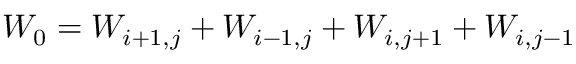
W _ { 0 } = W _ { i + 1 , j } + W _ { i - 1 , j } + W _ { i , j + 1 } + W _ { i , j - 1 }